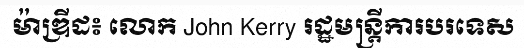
ម៉ាឌ្រីដ៖ លោក John Kerry រដ្ឋមន្ត្រីការបរទេស